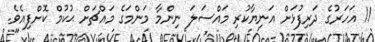
11 އަހަރުގެ ދަރިފުޅަށް އަނިޔާކުރި މައްސަލަ ނިންމާ މަންމަގެ މައްޗަށް ޙުކުމް ކޮށްފިއެވެ.